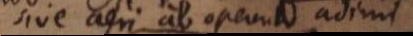
sive aeri ab operculo adimi